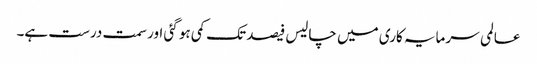
عالمی سرمایہ کاری میں چالیس فیصد تک کمی ہو گئی اور سمت درست ہے۔